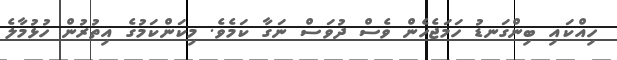
ހިއްކައި ބިންގަނޑު ހަމަޖެހެން ވެސް ދުވަސް ނަގާ ކަމެވެ. މިކަންކަމުގެ އިތުރުން ހުޅުމާލެ